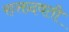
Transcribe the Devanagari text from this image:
रुक्तदवती